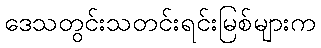
ဒေသတွင်းသတင်းရင်းမြစ်များက